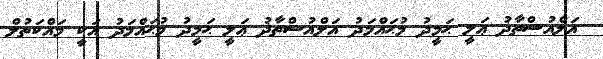
އަލްއުސްތާޛު ޢަލީ ޙަމީދު މުޙައްމަދު އަލްއުސްތާޛު ޢަލީ ޙަމީދު މުޙައްމަދު އަކީ މައްކަތުލް